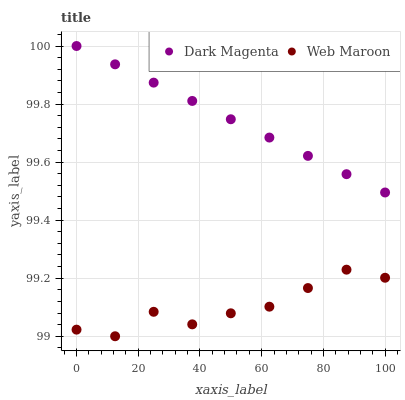
| xaxis_label | Dark Magenta | Web Maroon |
 | --- | --- | --- |
 | 0 | 100 | 99 |
 | 12.5 | 99.9 | 99 |
 | 25 | 99.9 | 99.1 |
 | 37.5 | 99.8 | 99 |
 | 50 | 99.7 | 99.1 |
 | 62.5 | 99.7 | 99.1 |
 | 75 | 99.6 | 99.2 |
 | 87.5 | 99.6 | 99.2 |
 | 100 | 99.5 | 99.2 |